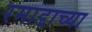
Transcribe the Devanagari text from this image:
रमाडाच्या